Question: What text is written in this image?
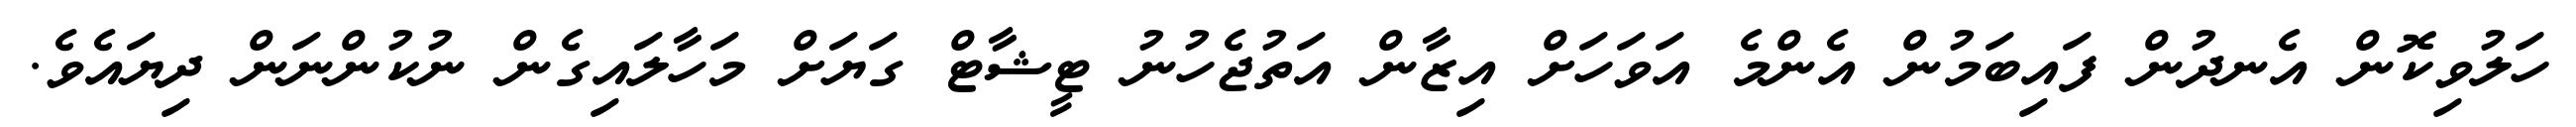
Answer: ހަލުވިކޮން އެނދުން ފައިބަމުން އެންމެ އަވަހަށް އިޒާން އަތުޖެހުނު ޓީޝާޓް ގަޔަށް މަހާލައިގެން ނުކުންނަން ދިޔައެވެ.